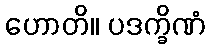
ဟောတိ။ ပဒက္ခိဏံ